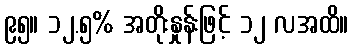
၉၅။ ၁၂.၅% အတိုးနှုန်းဖြင့် ၁၂ လအထိ။